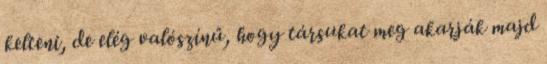
kelteni, de elég valószínű, hogy társukat meg akarják majd